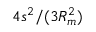
4 s ^ { 2 } / ( 3 R _ { m } ^ { 2 } )